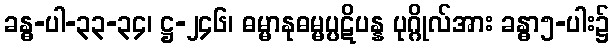
ခန္ဓ-ပါ-၃၃-၃၄၊ ဋ္ဌ-၂၄၆၊ ဓမ္မာနုဓမ္မပ္ပဋိပန္န ပုဂ္ဂိုလ်အား ခန္ဓာ၅-ပါး၌